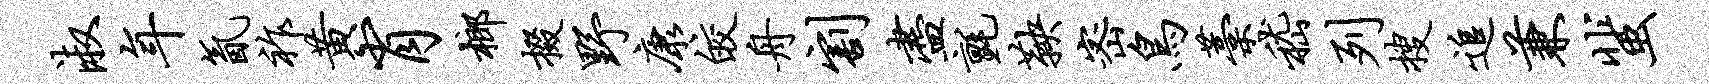
淑年氤祚黄肖榔掇野康皎舟割尽毡鞅密鸟藁嵇列搜追兼蜚